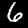
Label: 6